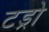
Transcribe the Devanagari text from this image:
टड्रो